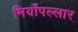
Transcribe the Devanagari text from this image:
मियाँपल्लार